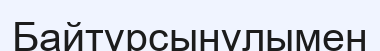
Байтұрсынұлымен